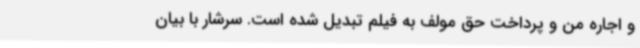
و اجاره من و پرداخت حق مولف به فیلم تبدیل شده است. سرشار با بیان